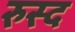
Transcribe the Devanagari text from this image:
रुस्द